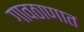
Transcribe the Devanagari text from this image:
गावठाणात